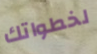
لخطواتك